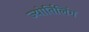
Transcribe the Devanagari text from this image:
ज्योर्तिलिंग